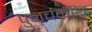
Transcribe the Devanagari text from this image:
पुनर्चक्रीय